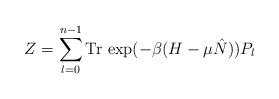
LaTeX: \begin{align*}Z=\sum^{n-1}_{l=0}\mbox{Tr\thinspace } \exp (-\beta(H-\mu\hat N)) P_{l}\end{align*}